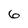
Character: 6